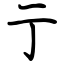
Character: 亍